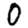
Digit: 0